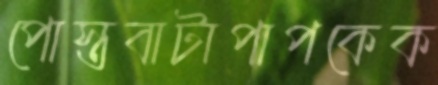
পোস্তবাটাপাপকেক